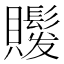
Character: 𧸻